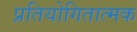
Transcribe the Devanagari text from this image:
प्रतियोगितात्मक